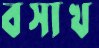
বসাখ